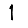
Digit: 1